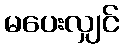
မပေးလျှင်